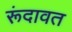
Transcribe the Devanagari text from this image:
रूंदावत